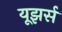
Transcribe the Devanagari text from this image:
यूझर्स